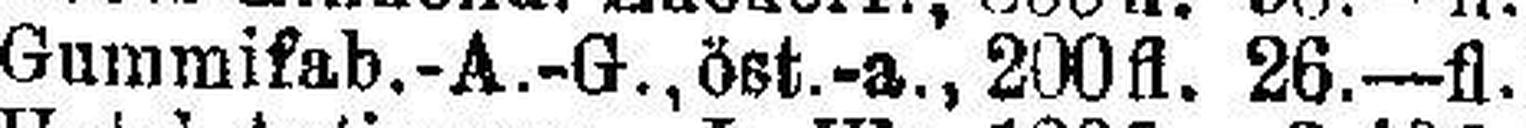
Gummifab.-A.-G., öst.-a., 200fl. 26—fl.